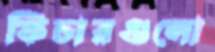
ফিচারগুলো